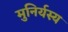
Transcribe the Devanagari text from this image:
मुनिर्यस्य